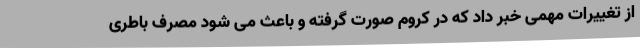
از تغییرات مهمی خبر داد که در کروم صورت گرفته و باعث می شود مصرف باطری